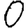
Digit: 0